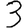
Digit: 3